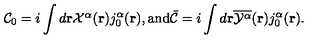
{ \cal C } _ { 0 } = i \int d { \bf { r } } { \textstyle { \cal X } ^ { \alpha } } ( { \bf r } ) j _ { 0 } ^ { \alpha } ( { \bf r } ) , \mathrm { a n d } { \bar { \cal C } } = i \int d { \bf { r } } \overline { { { \cal Y } ^ { \alpha } } } ( { \bf r } ) j _ { 0 } ^ { \alpha } ( { \bf r } ) .